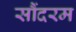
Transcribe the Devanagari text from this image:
सौंदरम